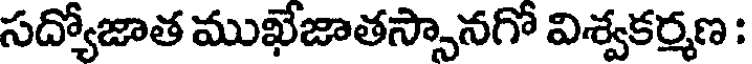
సద్యోజాత ముఖేజాతస్సానగో విశ్వకర్మణ :